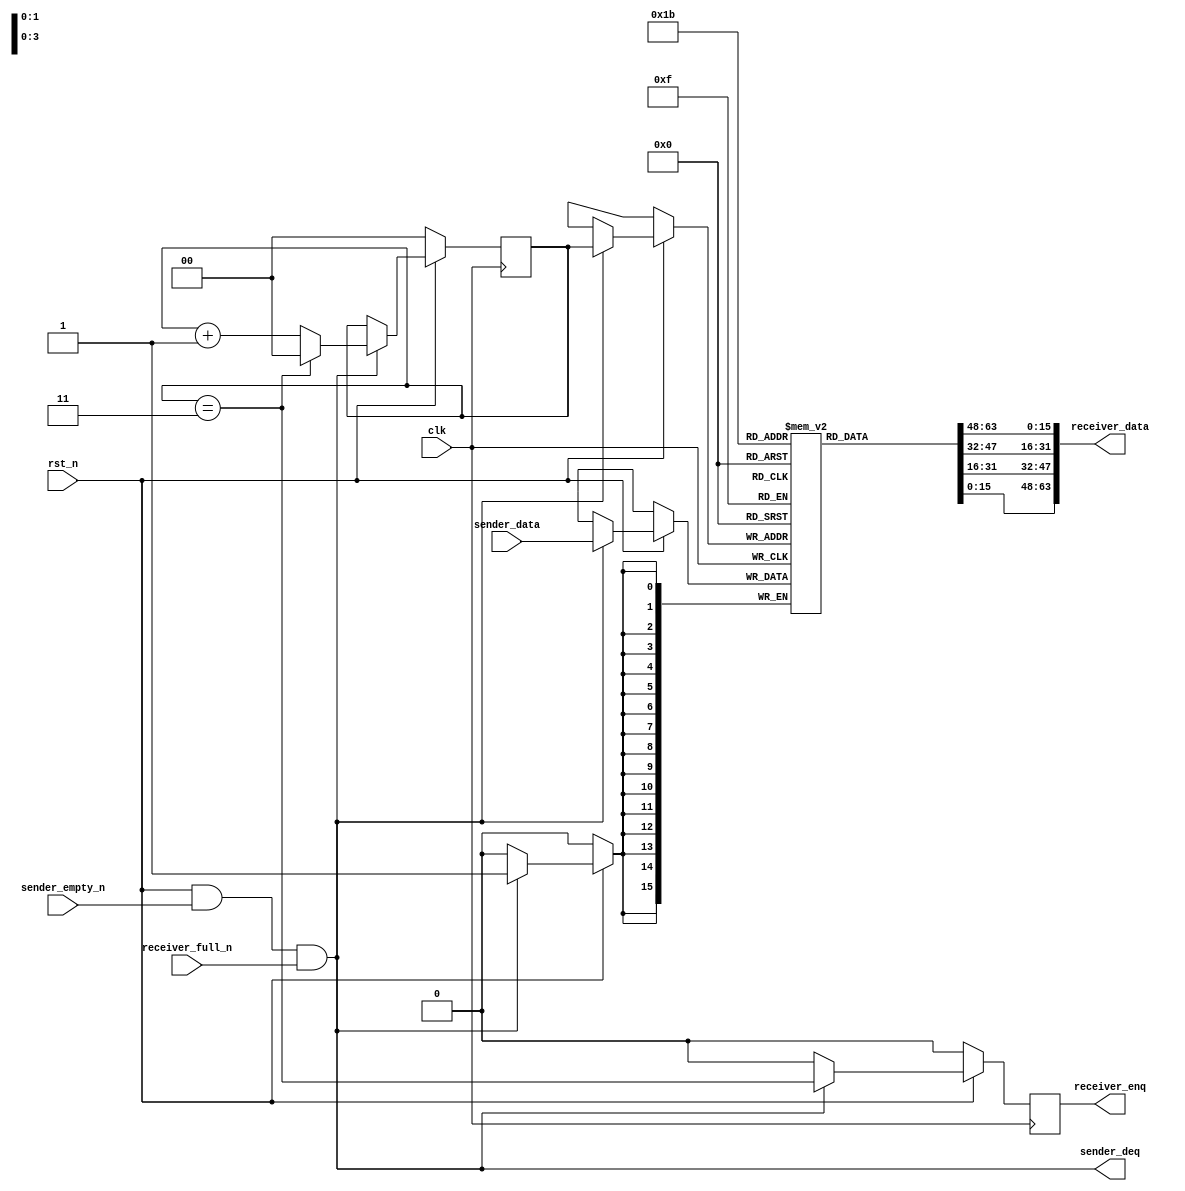
module aggregator
#(
  parameter DATA_WIDTH = 16,
  parameter FETCH_WIDTH = 4
)
(
  input clk,
  input rst_n,
  input [DATA_WIDTH - 1 : 0] sender_data,
  input sender_empty_n,
  output sender_deq,
  output [FETCH_WIDTH*DATA_WIDTH - 1 : 0] receiver_data,
  input receiver_full_n,
  output reg receiver_enq
);

  localparam COUNTER_WIDTH = $clog2(FETCH_WIDTH);
  reg [COUNTER_WIDTH - 1 : 0] count_r;
  
  reg [DATA_WIDTH - 1 : 0] receiver_data_unpacked [FETCH_WIDTH - 1 : 0]; 
  
  assign sender_deq_w = rst_n && sender_empty_n && receiver_full_n;
  assign sender_deq = sender_deq_w;

  genvar i;
  generate
    for (i = 0; i < FETCH_WIDTH; i++) begin: unpack
      assign receiver_data[(i + 1)*DATA_WIDTH - 1 : i*DATA_WIDTH] = receiver_data_unpacked[i];
    end
  endgenerate

  always @ (posedge clk) begin
    if (rst_n) begin
      if (sender_deq_w) begin
        receiver_data_unpacked[count_r] <= sender_data;
        count_r <= (count_r == FETCH_WIDTH - 1) ? 0 : count_r + 1;
        receiver_enq <= (count_r == FETCH_WIDTH - 1); 
      end else begin
        receiver_enq <= 0;
      end
    end else begin
      receiver_enq <= 0;
      count_r <= 0;
    end
  end
endmodule